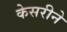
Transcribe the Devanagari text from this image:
केसरीने